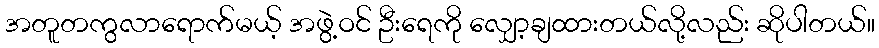
အတူတကွလာရောက်မယ့် အဖွဲ့ဝင် ဦးရေကို လျှော့ချထားတယ်လို့လည်း ဆိုပါတယ်။